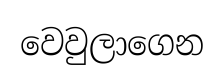
වෙවුලාගෙන